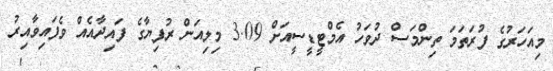
މިއަހަރުގެ ފުރަތަމަ ތިންމަސް ދުވަހު އެމްޓީޑީސީއަށް 3.09 މިލިއަން ރުފިޔާގެ ފައިދާއެއް ވެފައިވާއިރު